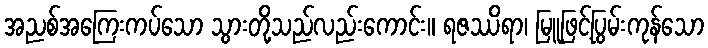
အညစ်အကြေးကပ်သော သွားတို့သည်လည်းကောင်း။ ရဇဿိရာ၊ မြူဖြင့်ပြွမ်းကုန်သော